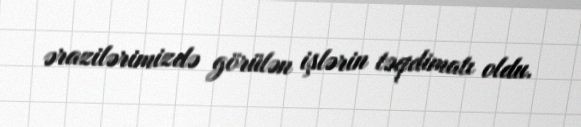
ərazilərimizdə görülən işlərin təqdimatı oldu.